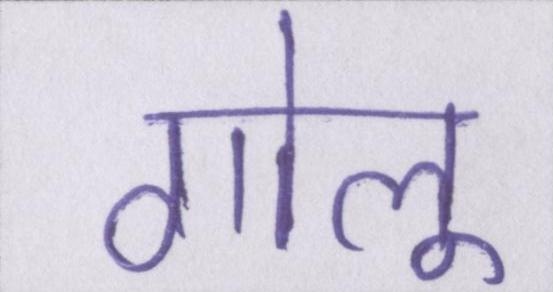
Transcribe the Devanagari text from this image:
गोलू